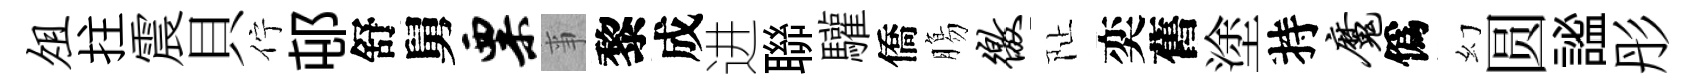
俎拄震貝佇邨舒舅粟亊黎成进聯驩僑膓徼阯奕舊塗持魔僞幻圆謐彤